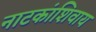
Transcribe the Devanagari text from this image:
नाटकांशिवाय